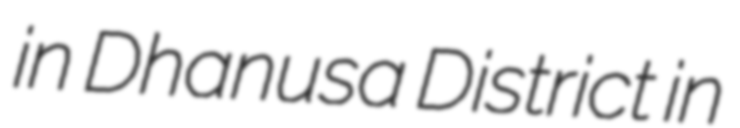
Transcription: in Dhanusa District in